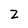
Character: z